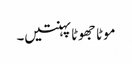
موٹا جھوٹا پہنتیں۔